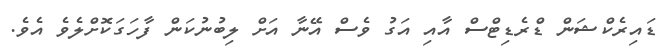
ޑައިރެކްޝަން ޑްރެޑިޓްސް އާއި އަގު ވެސް އޭނާ އަށް ލިބުނުކަން ފާހަގަކޮށްލެވެ އެވެ.